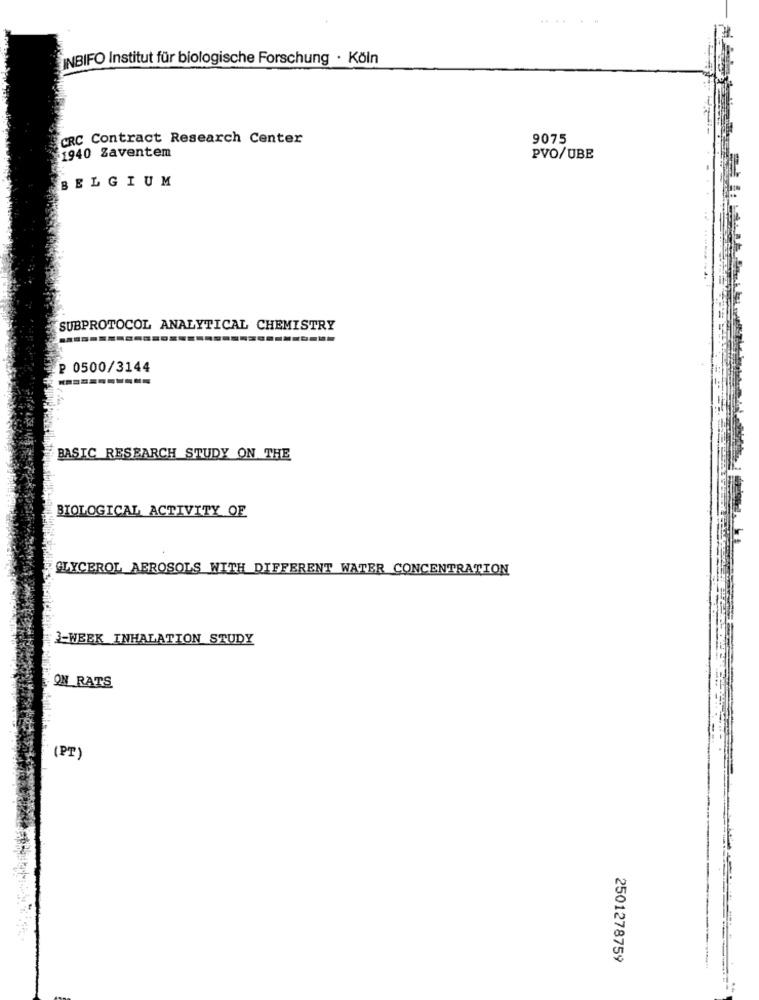
......
INBIFO Institut für biologische Forschung · Köln
CRC Contract Research Center
9075
1940 Zaventem
PVO/UBE
BELGIUM
SUBPROTOCOL ANALYTICAL CHEMISTRY
₽ 0500/3144
BASIC RESEARCH STUDY ON THE
BIOLOGICAL ACTIVITY OF
GLYCEROL AEROSOLS WITH DIFFERENT WATER CONCENTRATION
3-WEEK INHALATION STUDY
ON RATS
(PT)
2501278759